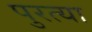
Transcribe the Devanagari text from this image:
पुरत्या